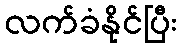
လက်ခံနိုင်ပြီး